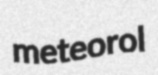
meteorol